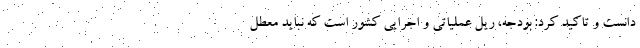
دانست و تاکید کرد: بودجه، ریل عملیاتی و اجرایی کشور است که نباید معطل